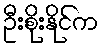
ဦးစိုးနိုင်က